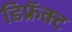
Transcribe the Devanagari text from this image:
डिफ्रॅक्ट